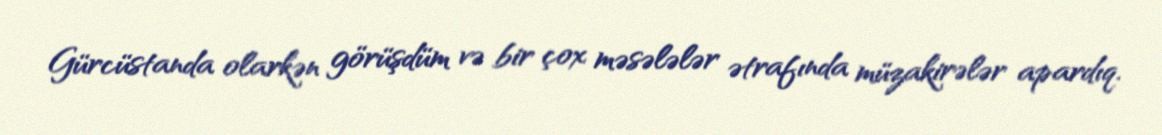
Gürcüstanda olarkən görüşdüm və bir çox məsələlər ətrafında müzakirələr apardıq.